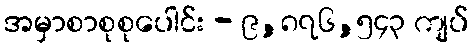
အမှာစာစုစုပေါင်း - ၉,၈၇၆,၅၄၃ ကျပ်